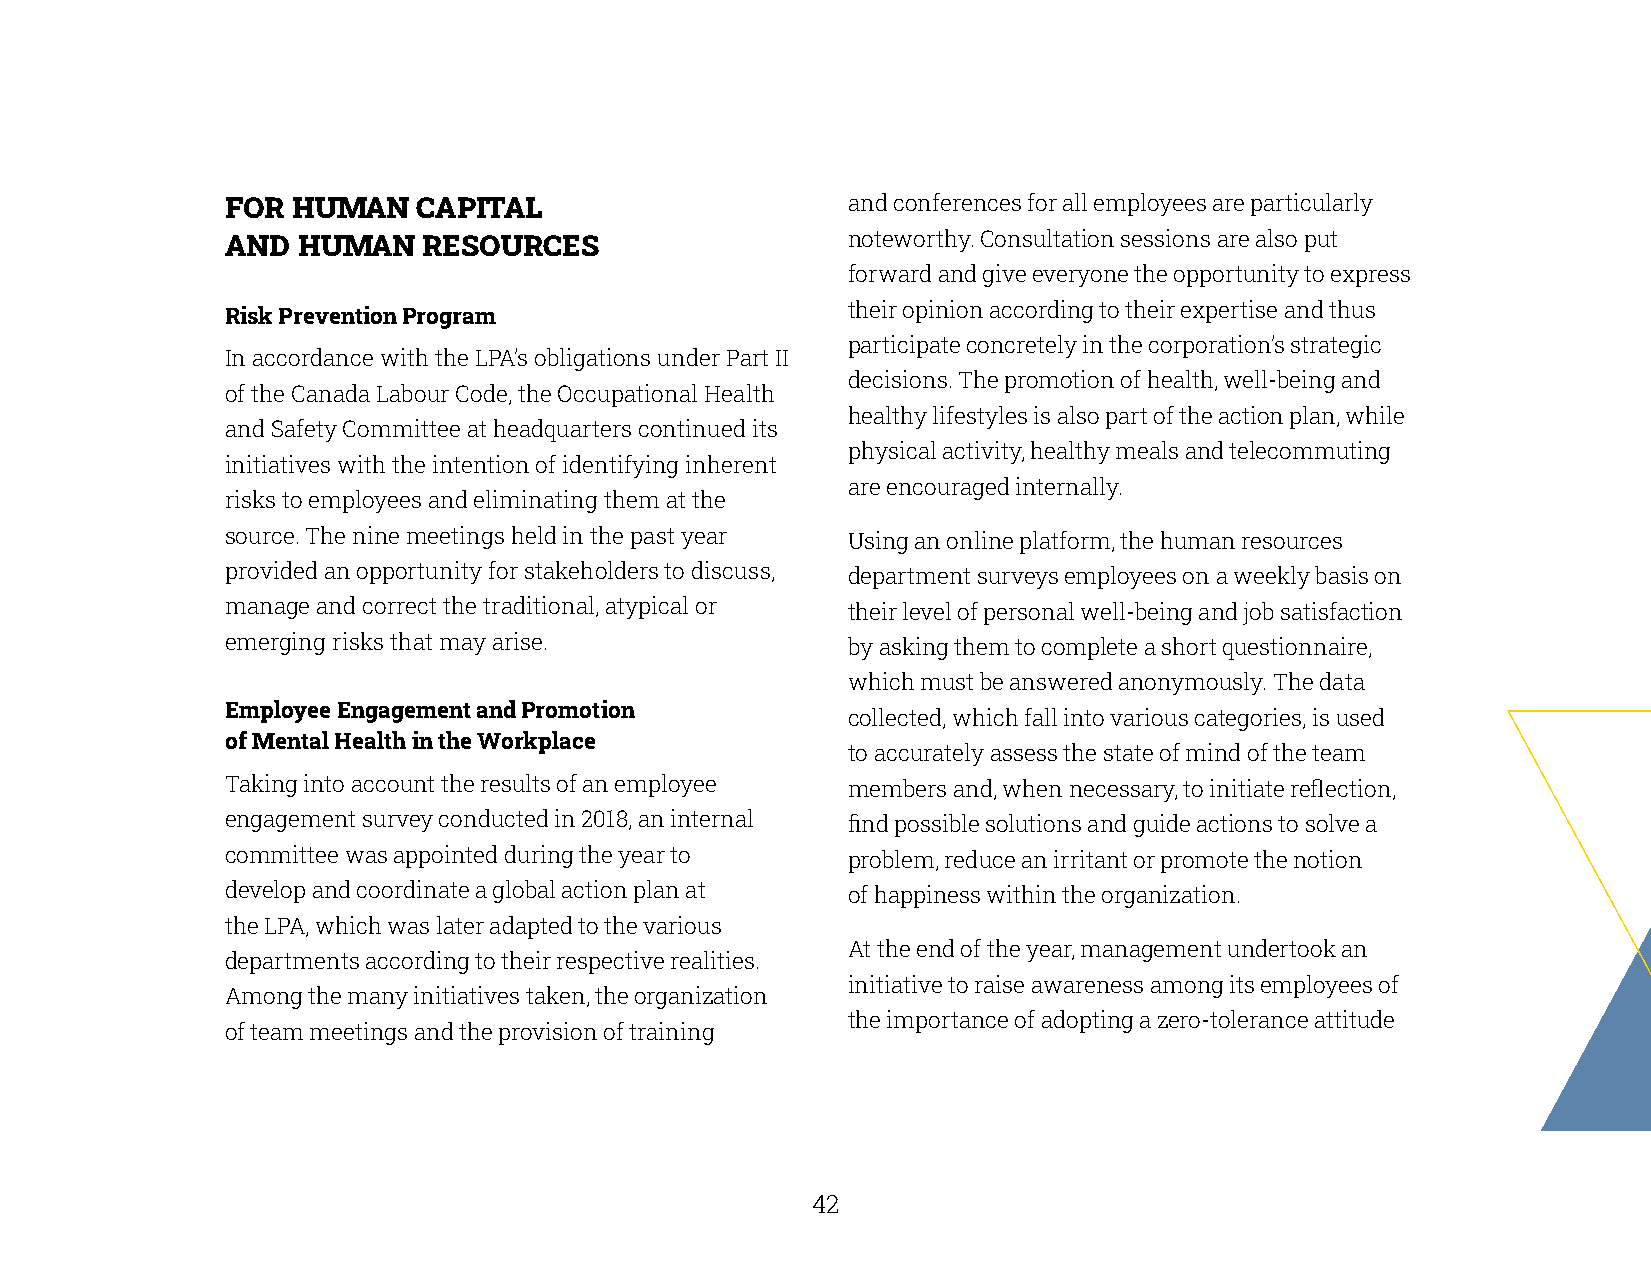
FOR HUMAN    CAPITAL                     and conferences for all employees are particularly
 AND  HUMAN   RESOURCES                   noteworthy. Consultation sessions are also put
 forward and give everyone the opportunity to express
 Risk Prevention Program                  their opinion according to their expertise and thus
 participate concretely in the corporation’s strategic
 In accordance with the LPA’s obligations under Part II
 decisions. The promotion of health, well-being and
 of the Canada Labour Code, the Occupational Health
 healthy lifestyles is also part of the action plan, while
 and Safety Committee at headquarters continued its
 physical activity, healthy meals and telecommuting
 initiatives with the intention of identifying inherent
 are encouraged internally.
 risks to employees and eliminating them at the
 source. The nine meetings held in the past year Using an online platform, the human resources
 provided an opportunity for stakeholders to discuss, department surveys employees on a weekly basis on
 manage and correct the traditional, atypical or their level of personal well-being and job satisfaction
 emerging risks that may arise.           by asking them to complete a short questionnaire,
 which must be answered anonymously. The data
 Employee Engagement and Promotion
 collected, which fall into various categories, is used
 of Mental Health in the Workplace
 to accurately assess the state of mind of the team
 Taking into account the results of an employee members and, when necessary, to initiate reflection,
 engagement survey conducted in 2018, an internal find possible solutions and guide actions to solve a
 committee was appointed during the year to problem, reduce an irritant or promote the notion
 develop and coordinate a global action plan at of happiness within the organization.
 the LPA, which was later adapted to the various
 At the end of the year, management undertook an
 departments according to their respective realities.
 initiative to raise awareness among its employees of
 Among the many initiatives taken, the organization
 the importance of adopting a zero-tolerance attitude
 of team meetings and the provision of training
 42